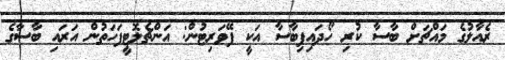
ރެއާލުގެ މައްޗަށް ބާސާ ކުރި ހޯދައިފިބާސާ އަކީ ފޭވަރިޓުން: އަންޗެލޮޓީފަހަތުން އަރައި ބާސާގެ